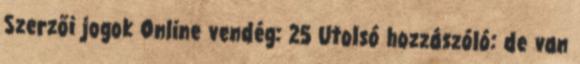
Szerzői jogok Online vendég: 25 Utolsó hozzászóló: de van